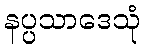
နပ္ပသာဒေသုံ